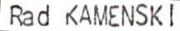
Rad KAMENSKI